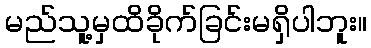
မည်သူ့မှထိခိုက်ခြင်းမရှိပါဘူး။